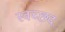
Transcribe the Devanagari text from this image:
स्वच्छद